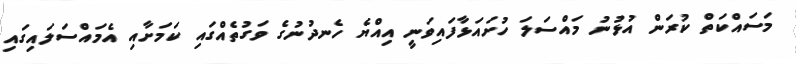
މަސައްކަތް ކުރަން އުޅުނު މައްސަލަ ހުށައަޅާފައިވަނީ އިއްޔެ ހެނދުނުގެ ވަގުތެއްގައި ކަމަށާއި އެމައްސަލައިގައި